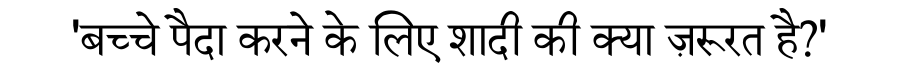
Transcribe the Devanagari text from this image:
'बच्चे पैदा करने के लिए शादी की क्या ज़रूरत है?'